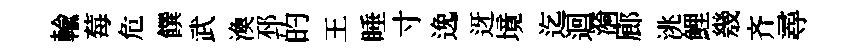
輸莓危饌武渙邳的王睡寸𨓜迓境迄迴漪廊洮鯉㡬齐尋